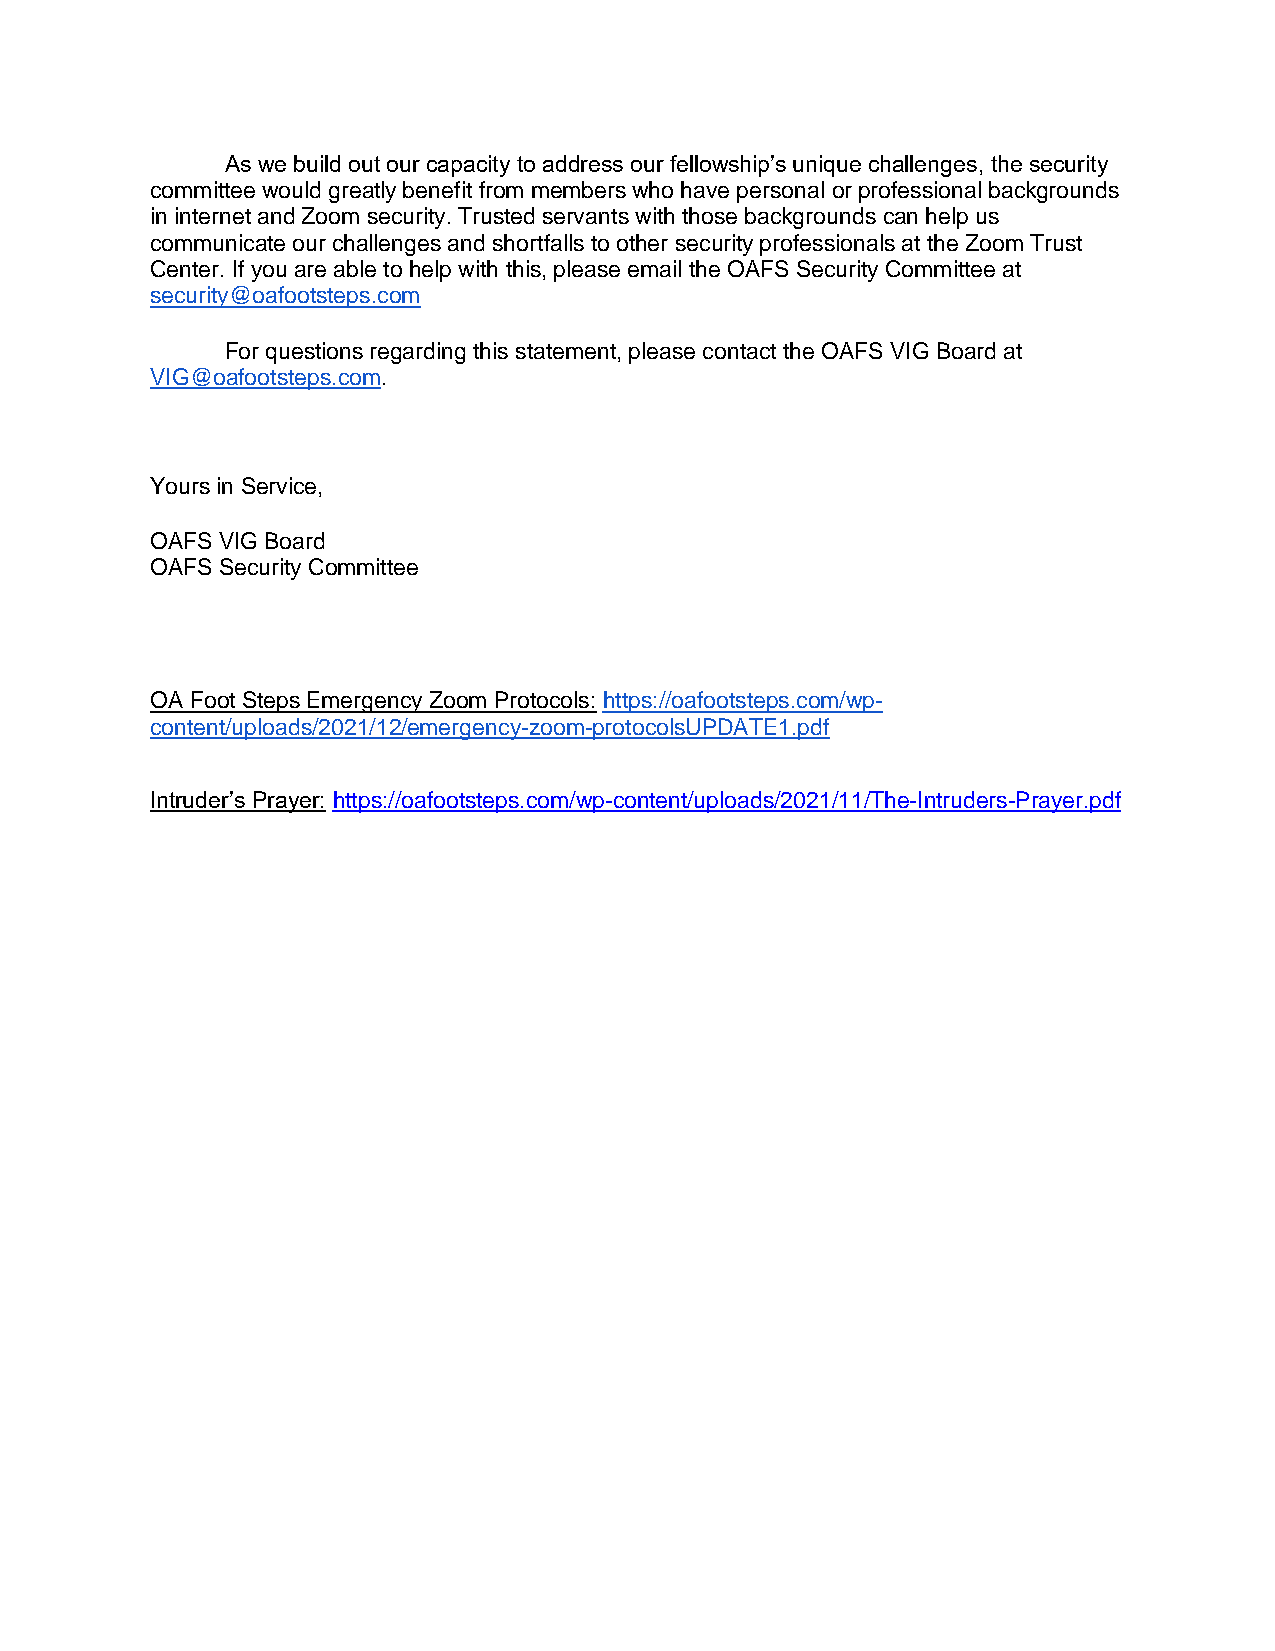
As we build out our capacity to address our fellowship’s unique challenges, the security
 committee would greatly benefit from members who have personal or professional backgrounds
 in internet and Zoom security. Trusted servants with those backgrounds can help us
 communicate our challenges and shortfalls to other security professionals at the Zoom Trust
 Center. If you are able to help with this, please email the OAFS Security Committee at
 security@oafootsteps.com
 For questions regarding this statement, please contact the OAFS VIG Board at
 VIG@oafootsteps.com.
 Yours in Service,
 OAFS VIG Board
 OAFS Security Committee
 OA Foot Steps Emergency Zoom Protocols: https://oafootsteps.com/wp-
 content/uploads/2021/12/emergency-zoom-protocolsUPDATE1.pdf
 Intruder’s Prayer: https://oafootsteps.com/wp-content/uploads/2021/11/The-Intruders-Prayer.pdf